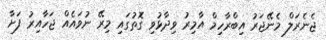
ޖެނެރަލް މެނޭޖަރު އިބްރާހިމް އާމިރު ވިދާޅުވި ގޮތުގައި މިރޭ ނުވައެއް ޖަހާއިރު ފަށާ